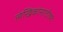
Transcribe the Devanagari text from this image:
लेखिकांसाठीच्या